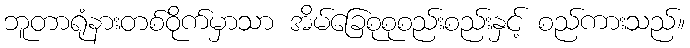
ဘူတာရုံနားတစ်ဝိုက်မှာသာ အိမ်ခြေစုစုစည်းစည်းနှင့် စည်ကားသည်။